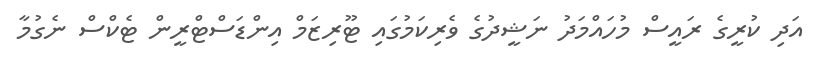
އަދި ކުރީގެ ރައީސް މުހައްމަދު ނަޝީދުގެ ވެރިކަމުގައި ޓޫރިޒަމް އިންޑަސްޓްރީން ޓެކްސް ނެގުމާ